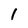
Character: 1